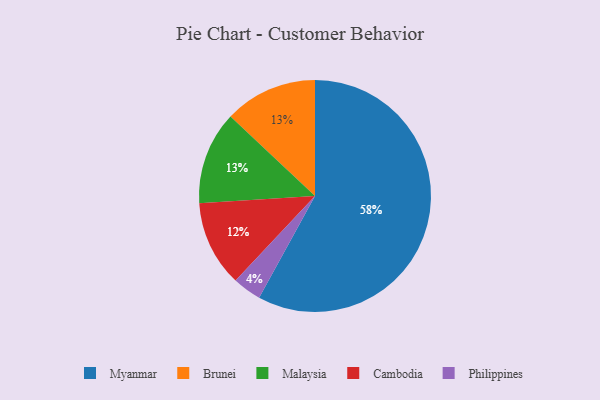
{"axis": {"x": "Category", "y": "Percentage"}, "legend": ["Brunei", "Cambodia", "Malaysia", "Myanmar", "Philippines"], "data": [{"x": "Cambodia", "y": 12, "type": "Cambodia"}, {"x": "Philippines", "y": 4, "type": "Philippines"}, {"x": "Myanmar", "y": 58, "type": "Myanmar"}, {"x": "Brunei", "y": 13, "type": "Brunei"}, {"x": "Malaysia", "y": 13, "type": "Malaysia"}]}